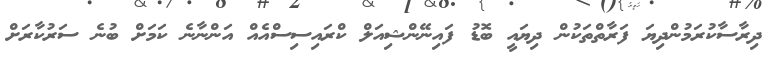
ދިރާސާކުރަމުންދިޔަ ފަރާތްތަކުން ދިޔައީ ބޮޑު ފައިނޭންޝިއަލް ކްރައިސިސްއެއް އަންނާނެ ކަމަށް ބުނެ ސަރުކާރަށް